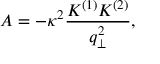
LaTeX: A = - \kappa ^ { 2 } \frac { K ^ { ( 1 ) } K ^ { ( 2 ) } } { q _ { \perp } ^ { 2 } } ,